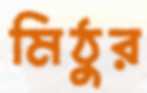
মিঠুর